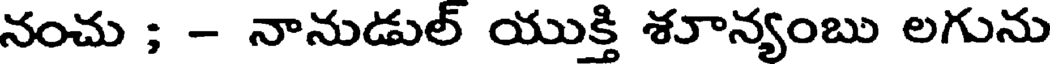
నంచు ; - నానుడుల్ యుక్తి శూన్యంబు లగును